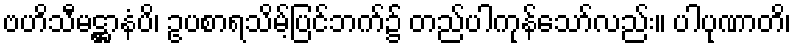
ဗဟိသီမဋ္ဌာနံပိ၊ ဥပစာရသိမ့်ပြင်ဘက်၌ တည်ပါကုန်သော်လည်း။ ပါပုဏာတိ၊